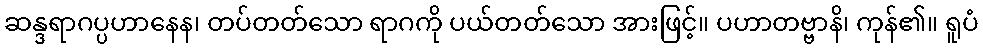
ဆန္ဒရာဂပ္ပဟာနေန၊ တပ်တတ်သော ရာဂကို ပယ်တတ်သော အားဖြင့်။ ပဟာတဗ္ဗာနိ၊ ကုန်၏။ ရူပံ